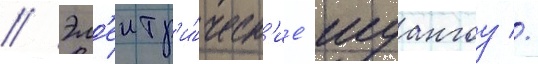
// Эл'ектр'и́ческ'ие шуангоу //